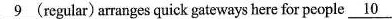
\underline{9}(regular) arranges quick gateways here for people \underline{10}